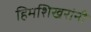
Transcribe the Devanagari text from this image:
हिमशिखरांनी